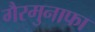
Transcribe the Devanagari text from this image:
गैरमुनाफा